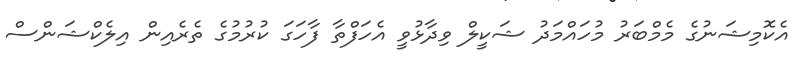
އެކޮމިޝަނުގެ މެމްބަރު މުހައްމަދު ޝަކީލް ވިދާޅުވީ އެހަފްތާ ފާހަގަ ކުރުމުގެ ތެރެއިން އިލެކްޝަންސް